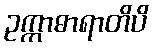
ဥက္ကာဓာရာတိပိ